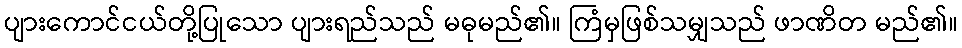
ပျားကောင်ငယ်တို့ပြုသော ပျားရည်သည် မဓုမည်၏။ ကြံမှဖြစ်သမျှသည် ဖာဏိတ မည်၏။